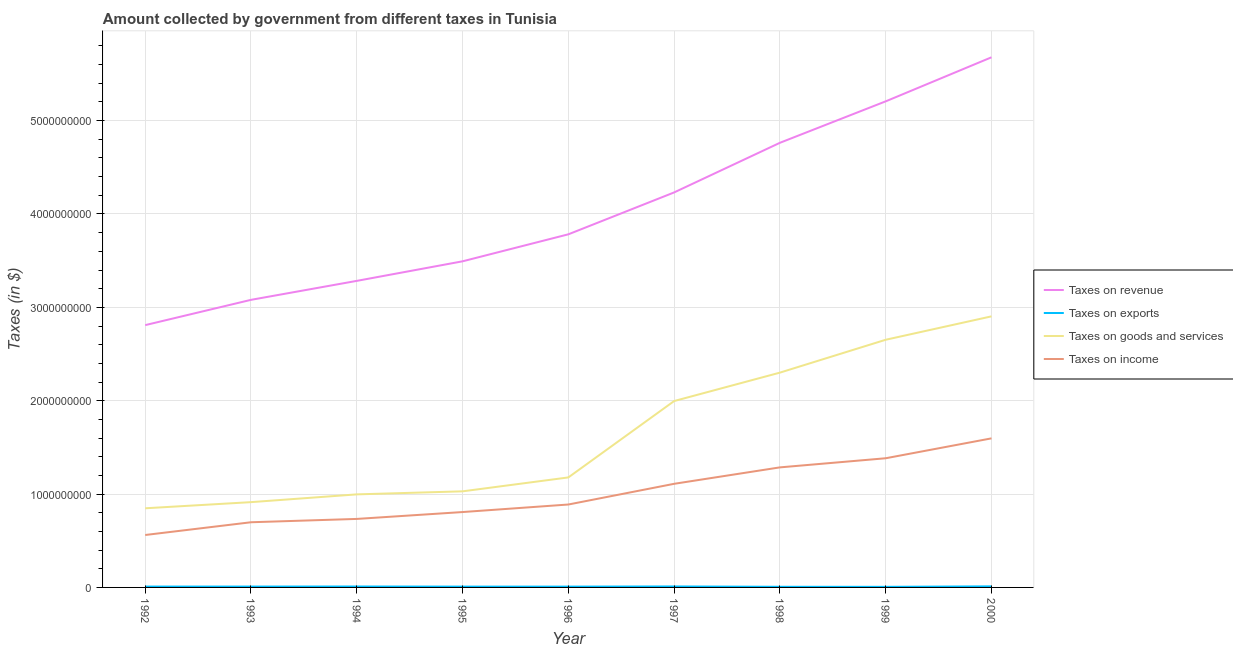
| Year | Taxes on revenue | Taxes on exports | Taxes on goods and services | Taxes on income |
 | --- | --- | --- | --- | --- |
 | 1992 | 2.81e+09 | 9.1e+06 | 8.48e+08 | 5.62e+08 |
 | 1993 | 3.08e+09 | 9.1e+06 | 9.14e+08 | 6.98e+08 |
 | 1994 | 3.28e+09 | 9.7e+06 | 9.97e+08 | 7.34e+08 |
 | 1995 | 3.49e+09 | 8.6e+06 | 1.03e+09 | 8.07e+08 |
 | 1996 | 3.78e+09 | 8.5e+06 | 1.18e+09 | 8.88e+08 |
 | 1997 | 4.23e+09 | 1.02e+07 | 2e+09 | 1.11e+09 |
 | 1998 | 4.76e+09 | 6.7e+06 | 2.3e+09 | 1.29e+09 |
 | 1999 | 5.21e+09 | 6.2e+06 | 2.65e+09 | 1.38e+09 |
 | 2000 | 5.68e+09 | 1.12e+07 | 2.9e+09 | 1.6e+09 |